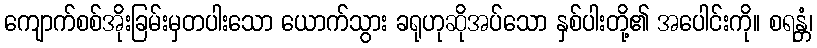
ကျောက်စစ်အိုးခြမ်းမှတပါးသော ယောက်သွား ခရုဟုဆိုအပ်သော နှစ်ပါးတို့၏ အပေါင်းကို။ စရန္တံ၊